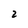
Character: 2